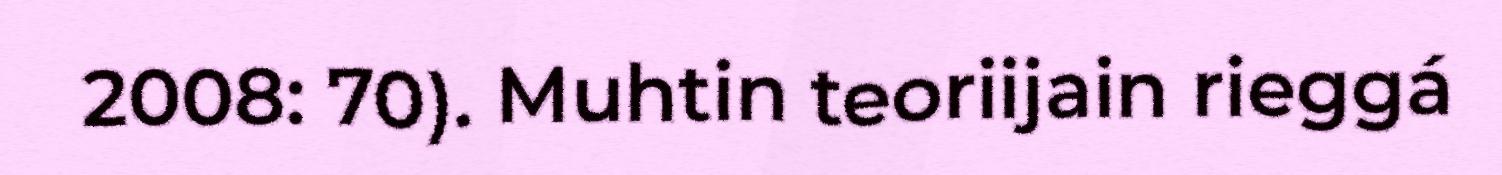
2008: 70). Muhtin teoriijain rieggá